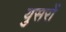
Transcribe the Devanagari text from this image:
युसरों